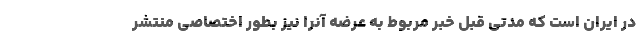
در ایران است که مدتی قبل خبر مربوط به عرضه آنرا نیز بطور اختصاصی منتشر